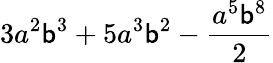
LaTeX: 3a^{2}\mathsf{b}^{3}+5a^{3}\mathsf{b}^{2}-\frac{{a^{5}\mathsf{b}^{8}}}{{2}}